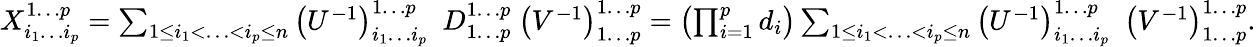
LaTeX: \begin{array}{r}{X_{i_{1}\dotsc i_{p}}^{1\dotsc p}=\sum_{1\leq i_{1}<\dotsc<i_{p}\leq n}\left(U^{-1}\right)_{i_{1}\dotsc i_{p}}^{1\dotsc p}\ \ D_{1\dotsc p}^{1\dotsc p}\ \left(V^{-1}\right)_{1\dotsc p}^{1\dotsc p}=\left(\prod_{i=1}^{p}d_{i}\right)\sum_{1\leq i_{1}<\dotsc<i_{p}\leq n}\left(U^{-1}\right)_{i_{1}\dotsc i_{p}}^{1\dotsc p}\ \ \left(V^{-1}\right)_{1\dotsc p}^{1\dotsc p}.}\end{array}